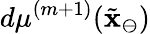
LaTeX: d\mu^{(m+1)}(\tilde{\mathbf{x}}_{\ominus})